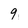
Character: 9